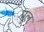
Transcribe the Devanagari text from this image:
प्रूल